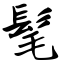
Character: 髦